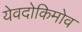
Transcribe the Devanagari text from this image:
येवदोकिमोव